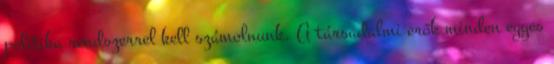
politika rendszerrel kell számolnunk. A társadalmi erők minden egyes